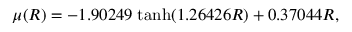
\mu ( R ) = - 1 . 9 0 2 4 9 \; \mathrm { t a n h } ( 1 . 2 6 4 2 6 R ) + 0 . 3 7 0 4 4 R ,